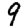
Digit: 9